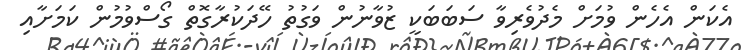
އެކަން އެހެން ވުމަށް މެދުވެރިވާ ސަބަބަކީ ޒުވާނުން ވަގުތު ހޭދަކުރާގޮތް ގޯސްވުމުން ކަމަށާއި